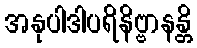
အနုပါဒါပရိနိဗ္ဗာနန္တိ